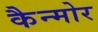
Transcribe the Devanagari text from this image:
कैन्मोर